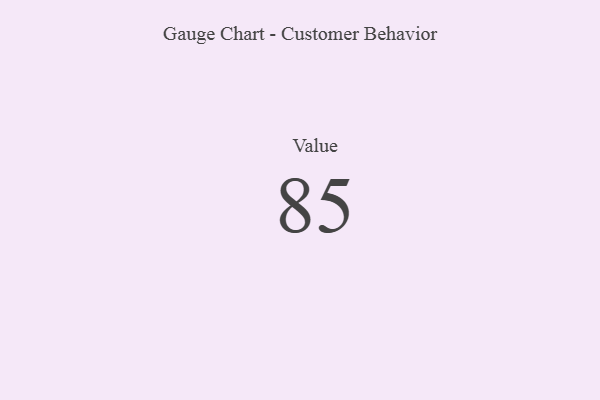
{"axis": {"x": "Metric", "y": "Value"}, "legend": [""], "data": [{"x": "Value", "y": 85, "type": ""}]}